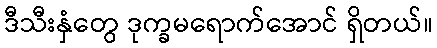
ဒီသီးနှံတွေ ဒုက္ခမရောက်အောင် ရှိတယ်။